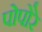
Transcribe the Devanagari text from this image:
पोपोरे